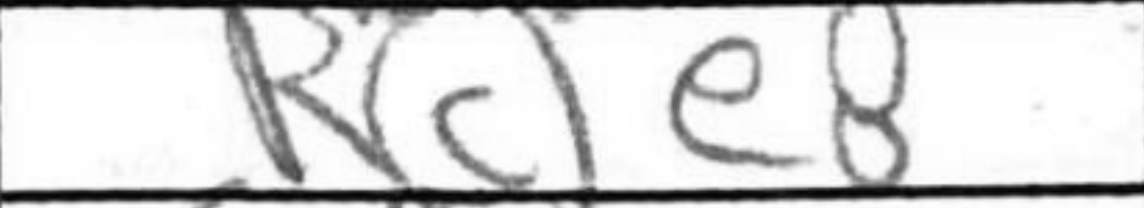
Transcription: Rce8